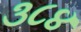
૩૮૪